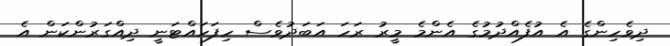
ދިވެހިންގެ އެ އުފެއްދުމުގެ އެންމެ މީރު ރަހަ އަބަދުވެސް ހިފަހައްޓަނީ ދިއްގަރުންކަން އެ